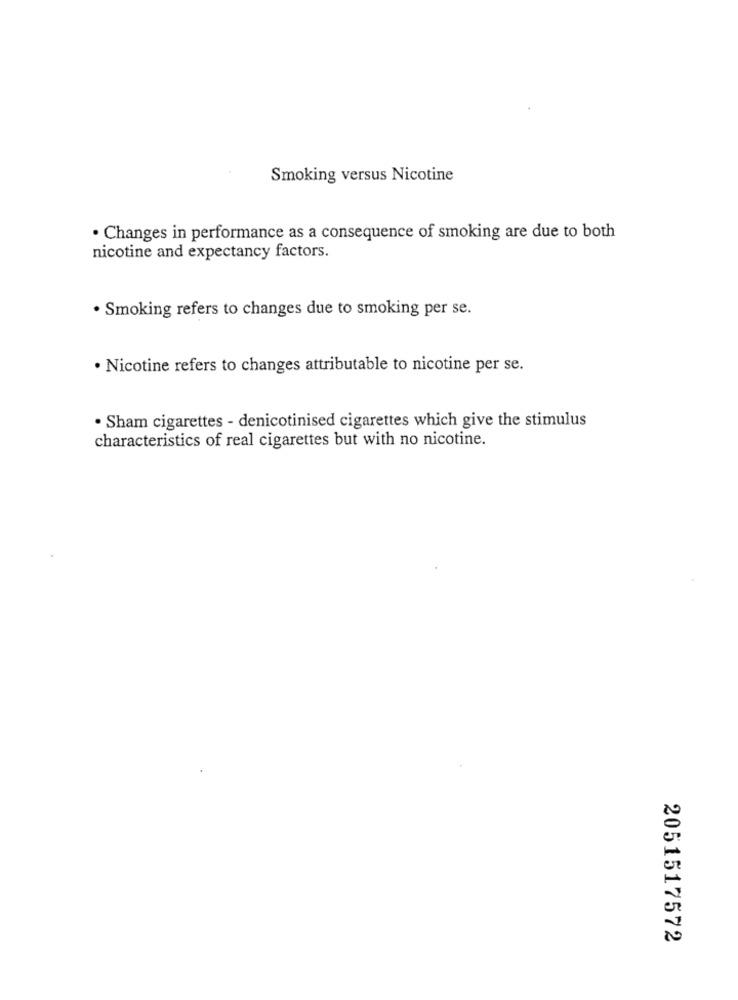
Smoking versus Nicotine
· Changes in performance as a consequence of smoking are due to both
nicotine and expectancy factors.
· Smoking refers to changes due to smoking per se.
· Nicotine refers to changes attributable to nicotine per se.
. Sham cigarettes - denicotinised cigarettes which give the stimulus
characteristics of real cigarettes but with no nicotine.
2051517572